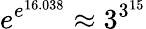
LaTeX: e^{e^{16.038}}\approx 3^{3^{15}}